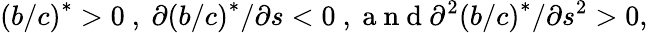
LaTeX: \left(b/c\right)^{\ast}>0\mathrm{~,~}\partial\left(b/c\right)^{\ast}/\partial s<0\mathrm{~,~a~n~d~}\partial^{2}\left(b/c\right)^{\ast}/\partial s^{2}>0,